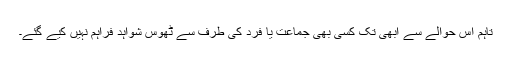
تاہم اس حوالے سے ابھی تک کسی بھی جماعت یا فرد کی طرف سے ٹھوس شواہد فراہم نہیں کیے گئے۔